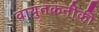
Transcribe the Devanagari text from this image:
वायुतकनीकी